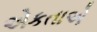
એકતાએ